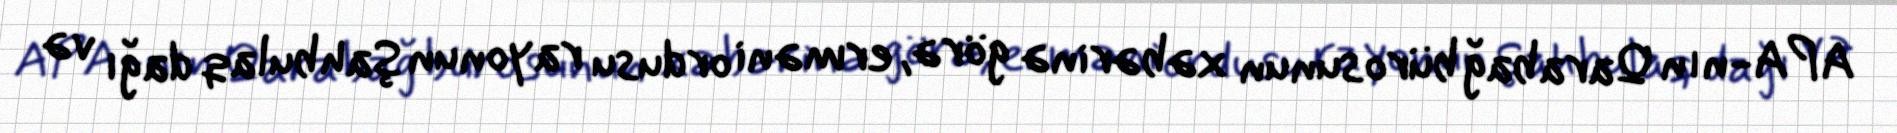
APA-nın Qarabağ bürosunun xəbərinə görə, erməni ordusu rayonun Şahbulaq dağı və